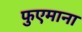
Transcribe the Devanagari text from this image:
फुएमाना